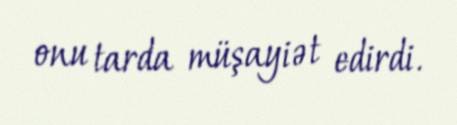
onu tarda müşayiət edirdi.